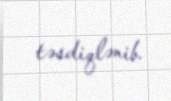
təsdiqlənib.